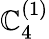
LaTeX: {\mathbb{C}}_{4}^{(1)}